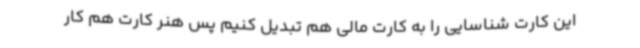
این کارت شناسایی را به کارت مالی هم تبدیل کنیم پس هنر کارت هم کار